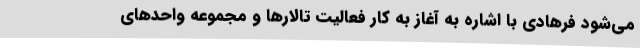
می‌شود فرهادی با اشاره به آغاز به کار فعالیت تالارها و مجموعه واحدهای